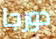
دورجا